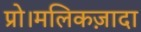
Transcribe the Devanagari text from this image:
प्रो।मलिकज़ादा